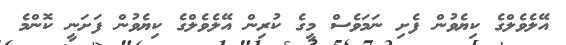
އޭލެވެލްގެ ކިޔެވުން ފެށި ނަމަވެސް މީގެ ކުރިން އޭލެވެލްގެ ކިޔެވުން ފަށަނީ ކޮންމެ